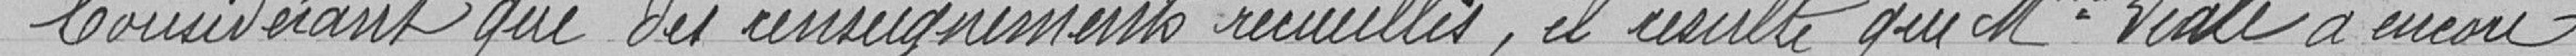
Considérant que des enseignements recueillis, il résulte que Mme. Viale a encore